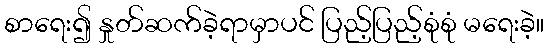
စာရေး၍ နှုတ်ဆက်ခဲ့ရာမှာပင် ပြည့်ပြည့်စုံစုံ မရေးခဲ့။